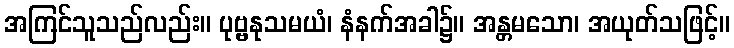
အကြင်သူသည်လည်း။ ပုဗ္ဗနုသမယံ၊ နံနက်အခါ၌။ အန္တမသော၊ အယုတ်သဖြင့်။